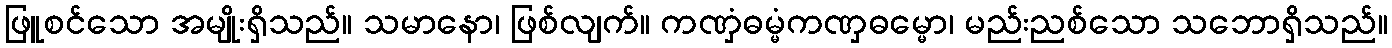
ဖြူစင်သော အမျိုးရှိသည်။ သမာနော၊ ဖြစ်လျက်။ ကဏှံဓမ္မံကဏှဓမ္မော၊ မည်းညစ်သော သဘောရှိသည်။